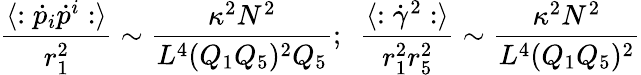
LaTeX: {\frac{\langle:\dot{p}_{i}\dot{p}^{i}:\rangle}{r_{1}^{2}}}\sim{\frac{\kappa^{2}N^{2}}{L^{4}(Q_{1}Q_{5})^{2}Q_{5}}};\ \ {\frac{\langle:\dot{\gamma}^{2}:\rangle}{r_{1}^{2}r_{5}^{2}}}\sim{\frac{\kappa^{2}N^{2}}{L^{4}(Q_{1}Q_{5})^{2}}}